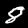
Digit: 8